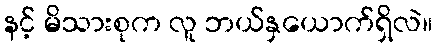
နင့် မိသားစုက လူ ဘယ်နှယောက်ရှိလဲ။